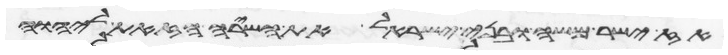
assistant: אז ישר משה ובני ישראל את השירה הזאת ליהוה